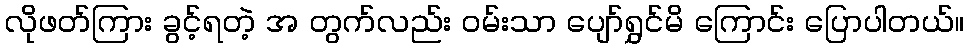
လိုဖတ်ကြား ခွင့်ရတဲ့ အ တွက်လည်း ဝမ်းသာ ပျော်ရွှင်မိ ကြောင်း ပြောပါတယ်။